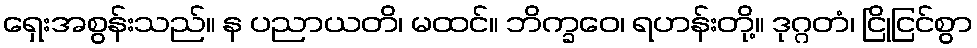
ရှေးအစွန်းသည်။ န ပညာယတိ၊ မထင်။ ဘိက္ခဝေ၊ ရဟန်းတို့။ ဒုဂ္ဂတံ၊ ငြိုငြင်စွာ